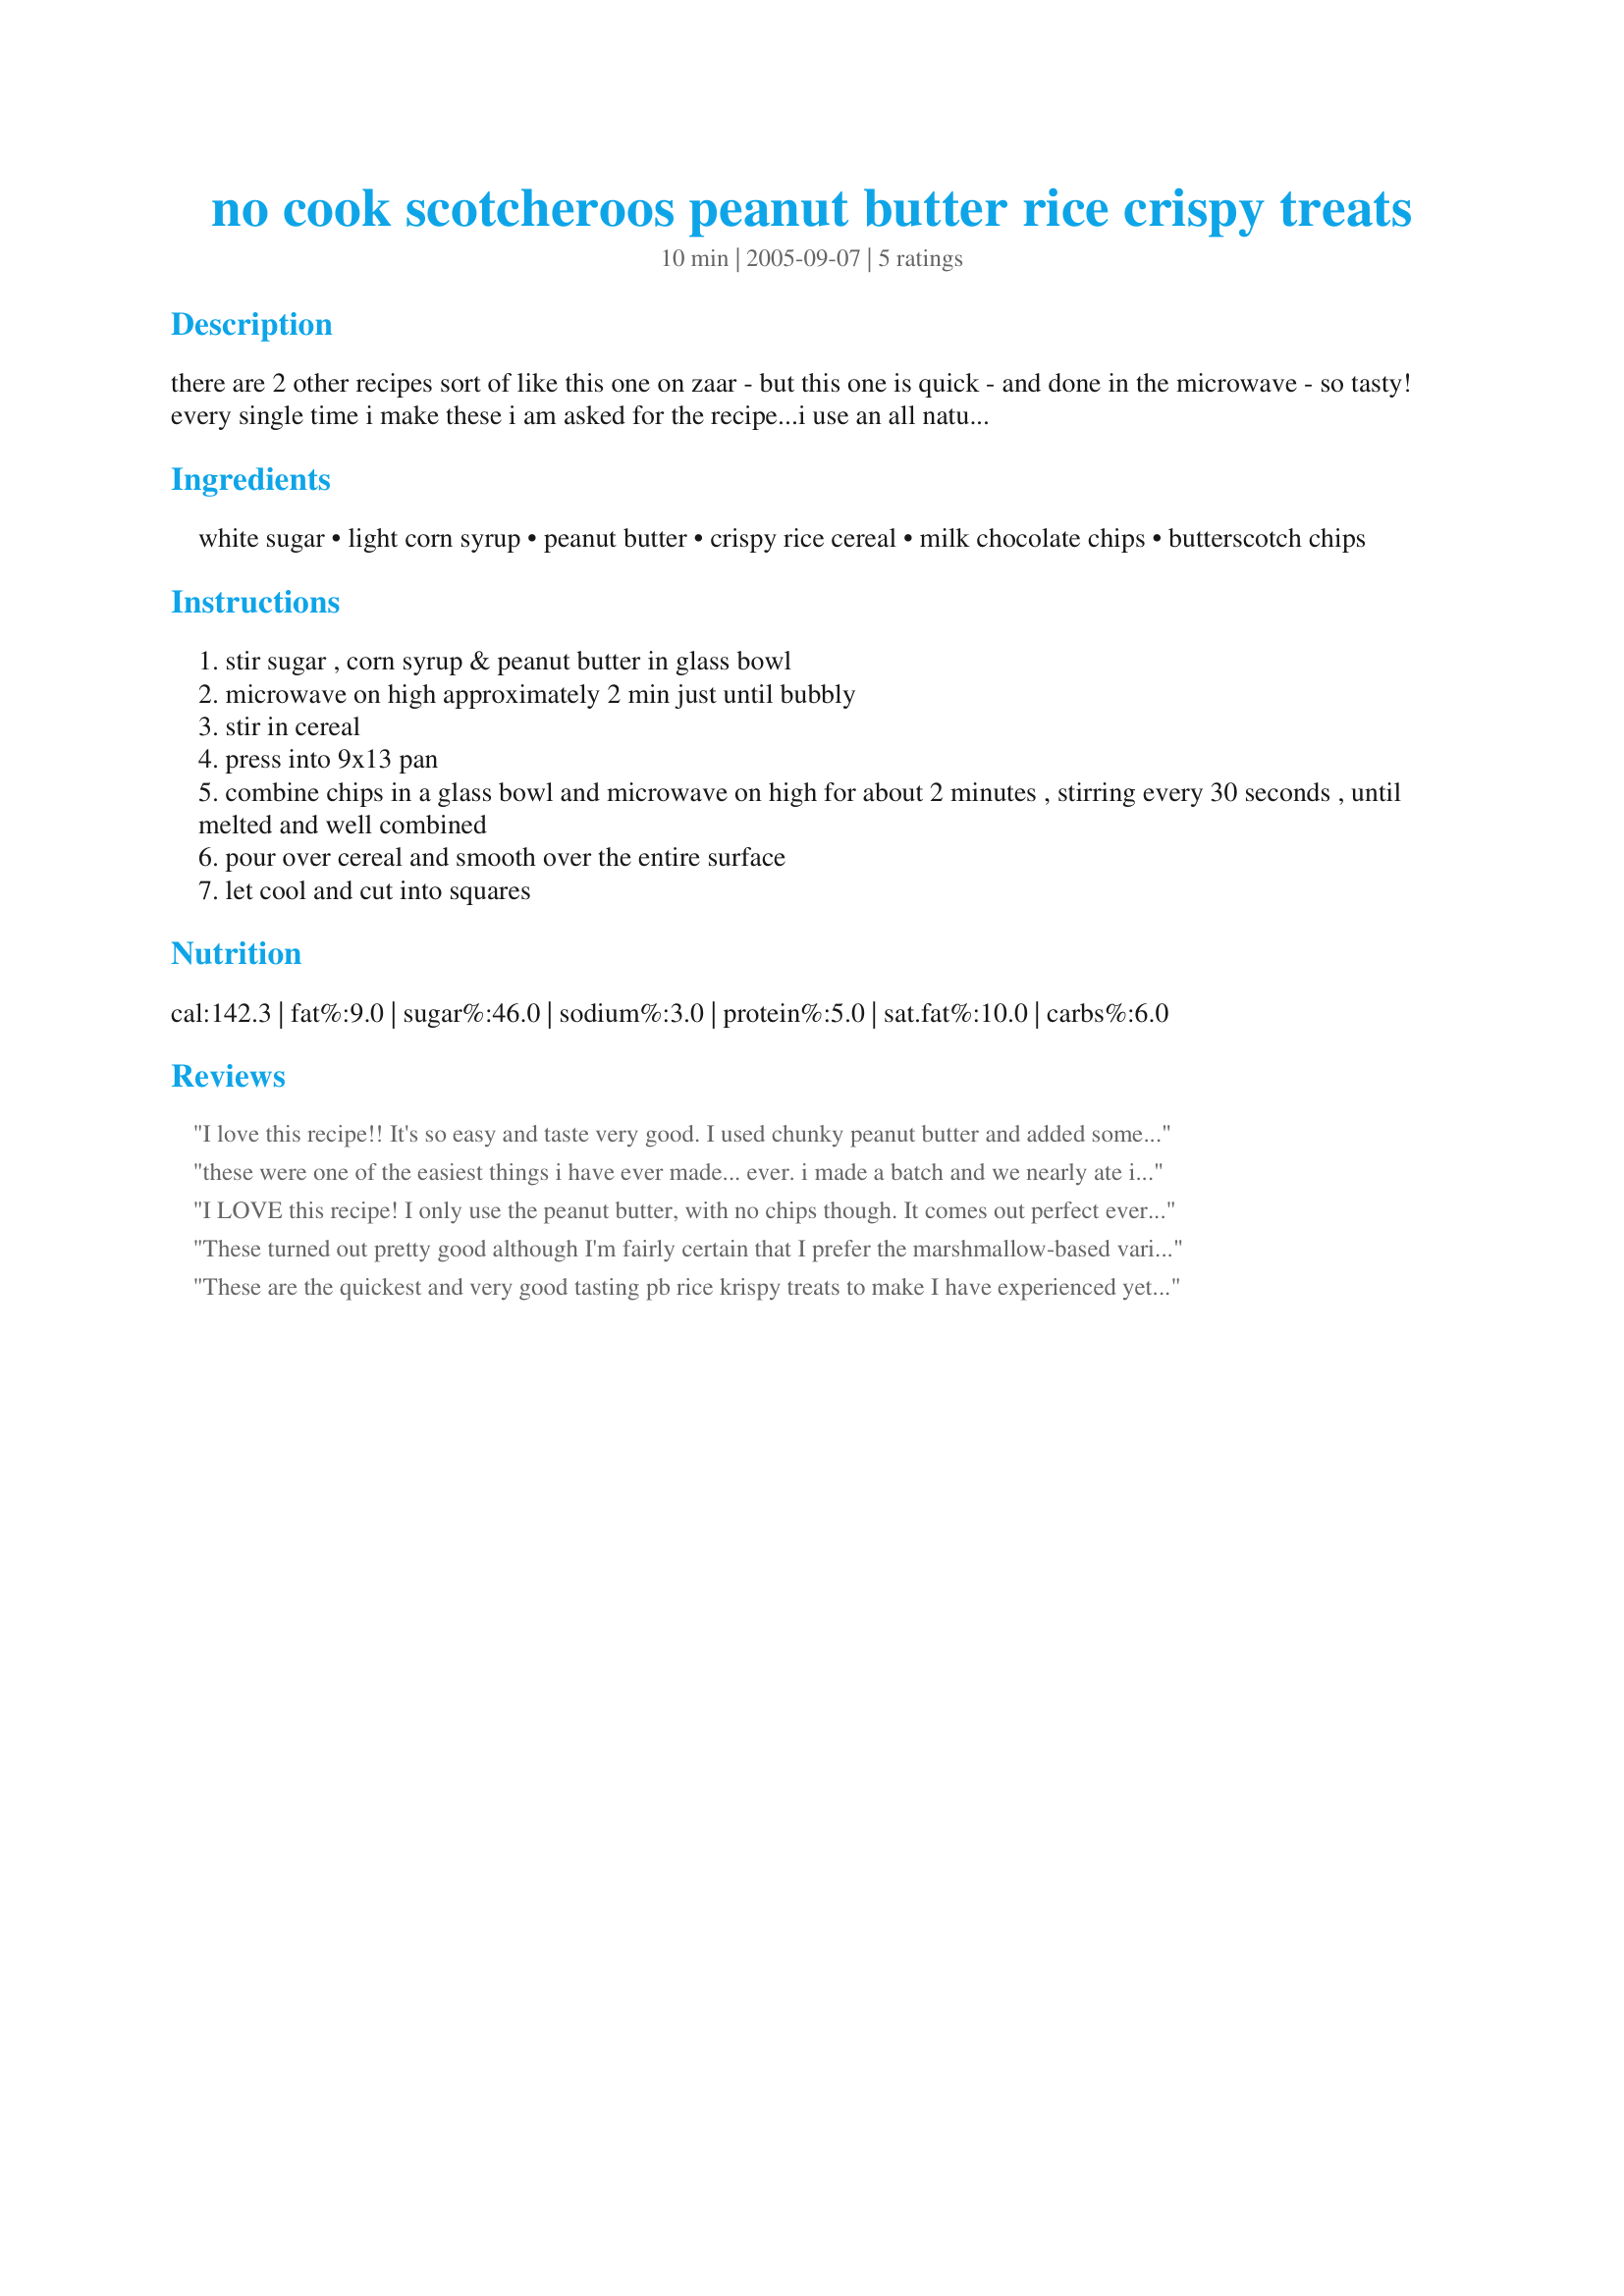
no cook scotcheroos peanut butter rice crispy treats
Preparation time: 10 minutes

there are 2 other recipes sort of like this one on zaar - but this one is quick - and done in the microwave - so tasty! every single time i make these i am asked for the recipe...i use an all natural, organic peanut butter and they come out awesome! **edited to add: i have been using honey in place of corn syrup and dark chocolate chips in place of milk chocolate - and they are still super yummy!!**

Ingredients:
white sugar, light corn syrup, peanut butter, crispy rice cereal, milk chocolate chips, butterscotch chips

Steps:
stir sugar , corn syrup & peanut butter in glass bowl
microwave on high approximately 2 min just until bubbly
stir in cereal
press into 9x13 pan
combine chips in a glass bowl and microwave on high for about 2 minutes , stirring every 30 seconds , until melted and well combined
pour over cereal and smooth over the entire surface
let cool and cut into squares

Reviews:
I love this recipe!! It's so easy and taste very good. I used chunky peanut butter and added some of both chips to the mixture. It was so quick. Thanks.
these were one of the easiest things i have ever made... ever. i made a batch and we nearly ate it all so i had to take some to a function last moment and whipped another batch up in no time! i just put them in the fridge to speed up the cooling of the top so i could cut them. i also added a few ch/butterscotch chips in the body of the treat to make it a little richer and loved it! the biggest problem with these are they are extreemely addicting i had a very hard time stopping eating them. these are the perfect thing to take to a potluck or anything last minute. very good. loved them. try chunky peanut butter for added texture.mmm
I LOVE this recipe! I only use the peanut butter, with no chips though. It comes out perfect every time and I always get asked for the recipe!
These turned out pretty good although I'm fairly certain that I prefer the marshmallow-based variety of rice crispy treats. I think that these had a more brittle sort of chewiness.
All the same, dessert is dessert and people did comment that they really liked these No Cook Scotcharoos.
These are the quickest and very good tasting pb rice krispy treats to make I have experienced yet. I had my batch made in under 10 min. I also added some butterscotch chips to my rice for added flavor. Excellent!
